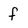
Character: f